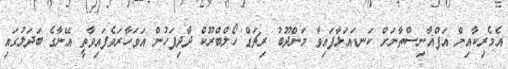
އެމެރިކާއިން އަފްޣާނިސްތާނަށް ކަނޑައަޅާފައިވާ މަންދޫބު ރިޗަޑް ހޯލްބްރޫކް ދާދިފަހުން އަވަހާރަވެފައިވާތީ އޭނާގެ ބަދަލުގައި